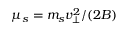
\mu _ { s } = m _ { s } v _ { \perp } ^ { 2 } / ( 2 B )